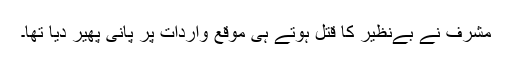
مشرف نے بےنظیر کا قتل ہوتے ہی موقع واردات پر پانی پھیر دیا تھا۔